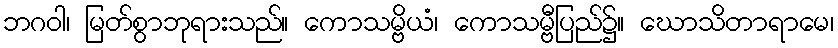
ဘဂဝါ၊ မြတ်စွာဘုရားသည်။ ကောသမ္ဗိယံ၊ ကောသမ္ဗီပြည်၌။ ဃောသိတာရာမေ၊